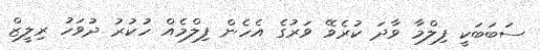
ސަބަބަކީ ފިލްމާ ވާދަ ކުރެވޭ ވަރުގެ އެހެން ފިލްމެއް ހުކުރު ދުވަހު ރިލީޒް